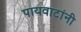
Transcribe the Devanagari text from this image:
पायवाटांनी